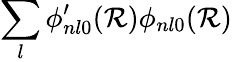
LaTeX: \sum_{l}\phi_{nl0}^{\prime}(\mathcal{R})\phi_{nl0}(\mathcal{R})